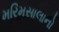
મરિમસાલાનો